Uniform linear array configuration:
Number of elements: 24
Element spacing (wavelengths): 0.25
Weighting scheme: hann
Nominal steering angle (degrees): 30
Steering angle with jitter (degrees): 31.789
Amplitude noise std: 0.05
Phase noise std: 0.05

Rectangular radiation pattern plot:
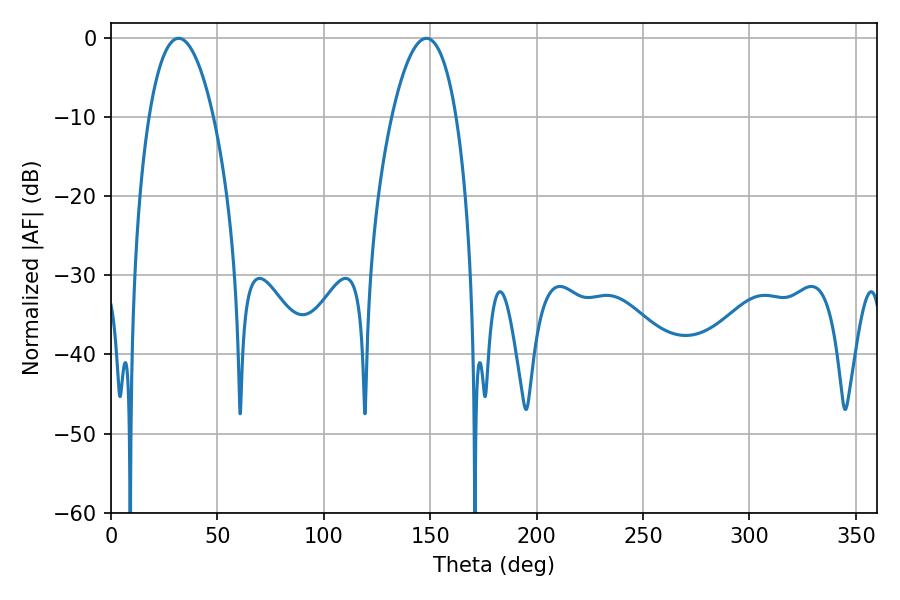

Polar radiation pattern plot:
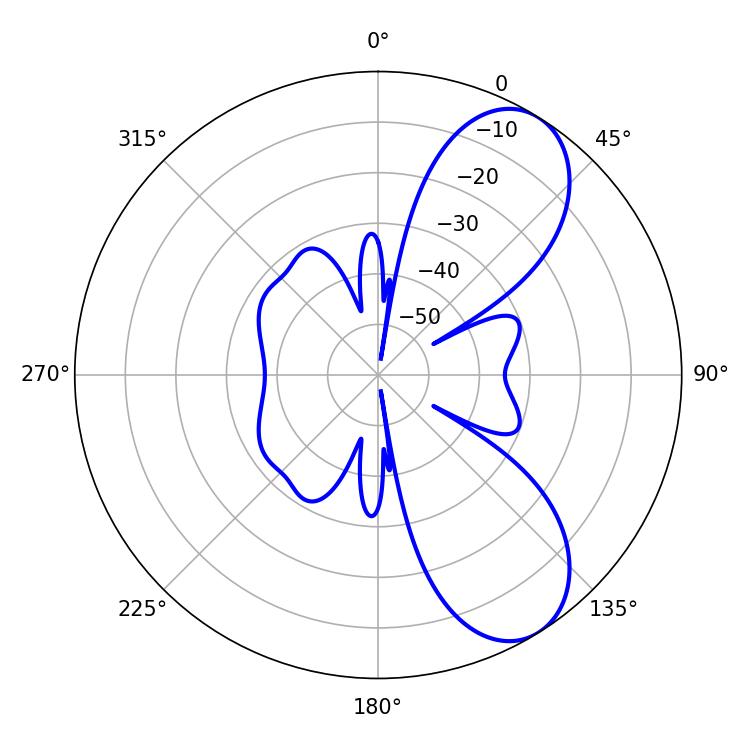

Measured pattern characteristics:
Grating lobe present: FALSE
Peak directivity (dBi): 7.78
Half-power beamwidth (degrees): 16.92
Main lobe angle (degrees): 31.86